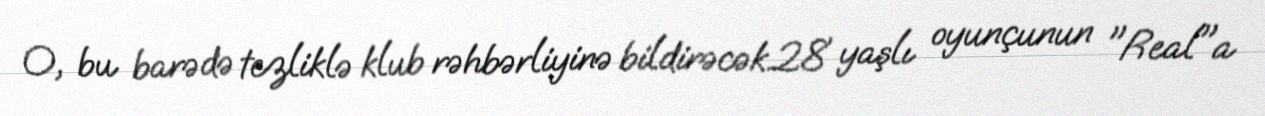
O, bu barədə tezliklə klub rəhbərliyinə bildirəcək.28 yaşlı oyunçunun "Real"a